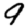
Digit: 9